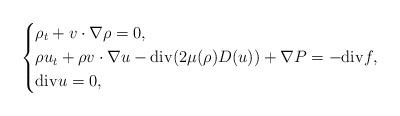
LaTeX: \begin{align*}\left\{\begin{aligned}&\rho_t+v \cdot \nabla \rho=0,\\&\rho u_t +\rho v \cdot \nabla u-{\rm div}(2\mu(\rho)D(u))+\nabla P=-{\rm div}f,\\&{\rm div}u=0,\end{aligned}\right.\end{align*}